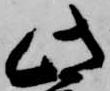
此